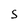
Character: 5